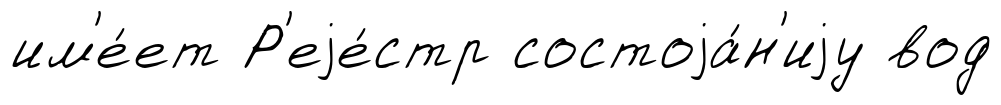
им'е́ет Р'еjе́стр состоjа́н'иjу вод